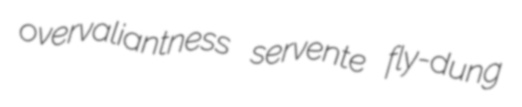
overvaliantness servente fly-dung